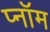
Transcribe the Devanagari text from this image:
प्नॉम